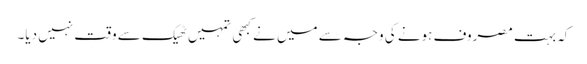
کہ بہت مصروف ہونے کی وجہ سے میں نے کبھی تمہیں ٹھیک سے وقت نہیں دیا۔